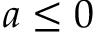
a \leq 0